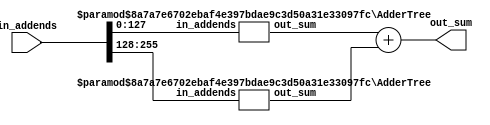
module AdderTree
#(
    parameter DATA_WIDTH=32,
    parameter LENGTH=8,
    parameter OUT_WIDTH=DATA_WIDTH+$clog2(LENGTH)
)
(
    input signed [LENGTH*DATA_WIDTH-1:0] in_addends,
    output signed [OUT_WIDTH-1:0] out_sum
);

localparam LENGTH_A = LENGTH >> 1;
localparam LENGTH_B = LENGTH - LENGTH_A;
localparam OUT_WIDTH_A = DATA_WIDTH + $clog2(LENGTH_A);
localparam OUT_WIDTH_B = DATA_WIDTH + $clog2(LENGTH_B);

generate
    if(LENGTH==1) begin
        assign out_sum = in_addends;
    end
    else begin
        wire signed [OUT_WIDTH_A-1:0] sum_a;
        wire signed [OUT_WIDTH_B-1:0] sum_b;

        wire signed [LENGTH_A*DATA_WIDTH-1:0] addends_a;
        wire signed [LENGTH_B*DATA_WIDTH-1:0] addends_b;

        assign addends_a = in_addends[LENGTH_A*DATA_WIDTH-1:0];
        assign addends_b = in_addends[LENGTH*DATA_WIDTH-1:LENGTH_A*DATA_WIDTH];

        //divide set into two block
        AdderTree #(
            .DATA_WIDTH(DATA_WIDTH),
            .LENGTH(LENGTH_A),
            .OUT_WIDTH(OUT_WIDTH_A)
        ) subtree_a (
            .in_addends(addends_a),
            .out_sum(sum_a)
        );

        AdderTree #(
            .DATA_WIDTH(DATA_WIDTH),
            .LENGTH(LENGTH_B),
            .OUT_WIDTH(OUT_WIDTH_B)
        ) subtree_b (
            .in_addends(addends_b),
            .out_sum(sum_b)
        );

        assign out_sum = sum_a + sum_b;
        
    end

endgenerate

endmodule